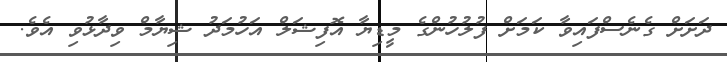
ދަށަށް ގެނެސްފައިވާ ކަމަށް ފުލުހުންގެ މީޑިޔާ އޮފިޝަލް އަހުމަދު ޝިޔާމް ވިދާޅުވި އެވެ.